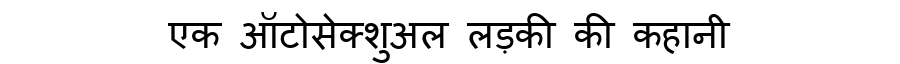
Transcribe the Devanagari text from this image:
एक ऑटोसेक्शुअल लड़की की कहानी